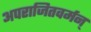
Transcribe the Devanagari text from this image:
अपराजितवर्मन्